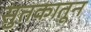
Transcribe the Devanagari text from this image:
सुतकातून